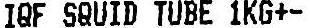
IQF SQUID TUBE 1KG+-